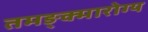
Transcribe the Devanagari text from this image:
तमङ्क्मारोग्य